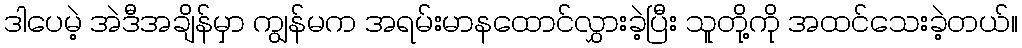
ဒါပေမဲ့ အဲဒီအချိန်မှာ ကျွန်မက အရမ်းမာနထောင်လွှားခဲ့ပြီး သူတို့ကို အထင်သေးခဲ့တယ်။